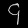
Digit: ၄